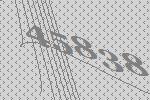
45838